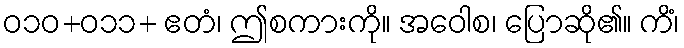
ဝ၁၀+ဝ၁၁+ ဧတံ၊ ဤစကားကို။ အဝေါစ၊ ပြောဆို၏။ ကိံ၊